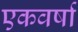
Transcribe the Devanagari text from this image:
एकवर्षा